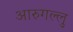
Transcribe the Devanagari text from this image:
आरुगल्लु